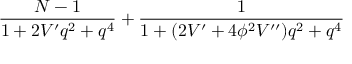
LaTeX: \frac { N - 1 } { 1 + 2 V ^ { \prime } q ^ { 2 } + q ^ { 4 } } + \frac { 1 } { 1 + ( 2 V ^ { \prime } + 4 \phi ^ { 2 } V ^ { \prime \prime } ) q ^ { 2 } + q ^ { 4 } }